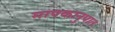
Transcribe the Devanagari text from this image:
मापकानुपात